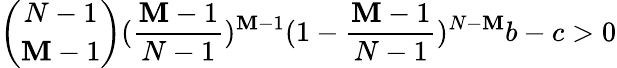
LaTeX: \binom{N-1}{\mathbf{M}-1}(\frac{{\mathbf{M}-1}}{{N-1}})^{\mathbf{M}-1}(1-\frac{{\mathbf{M}-1}}{{N-1}})^{N-\mathbf{M}}b-c>0